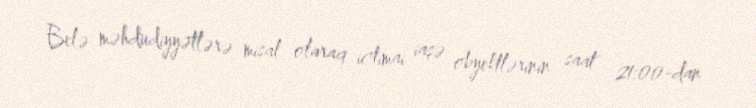
Belə məhdudiyyətlərə misal olaraq ictimai iaşə obyektlərinin saat 21:00-dan